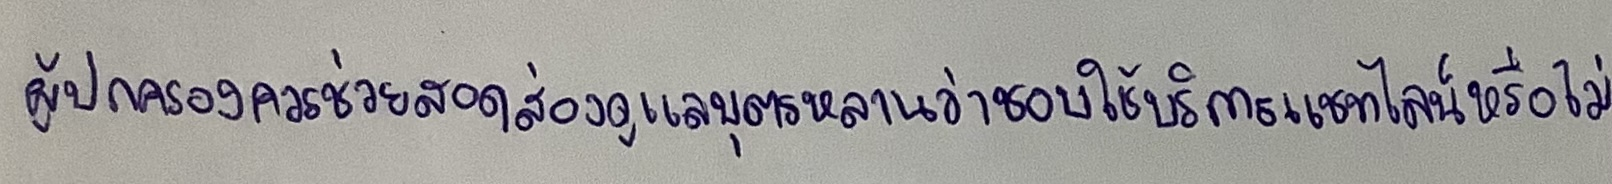
ผู้ปกครองควรช่วยสอดส่องดูแลบุตรหลานว่าชอบใช้บริการแชทไลน์หรือไม่